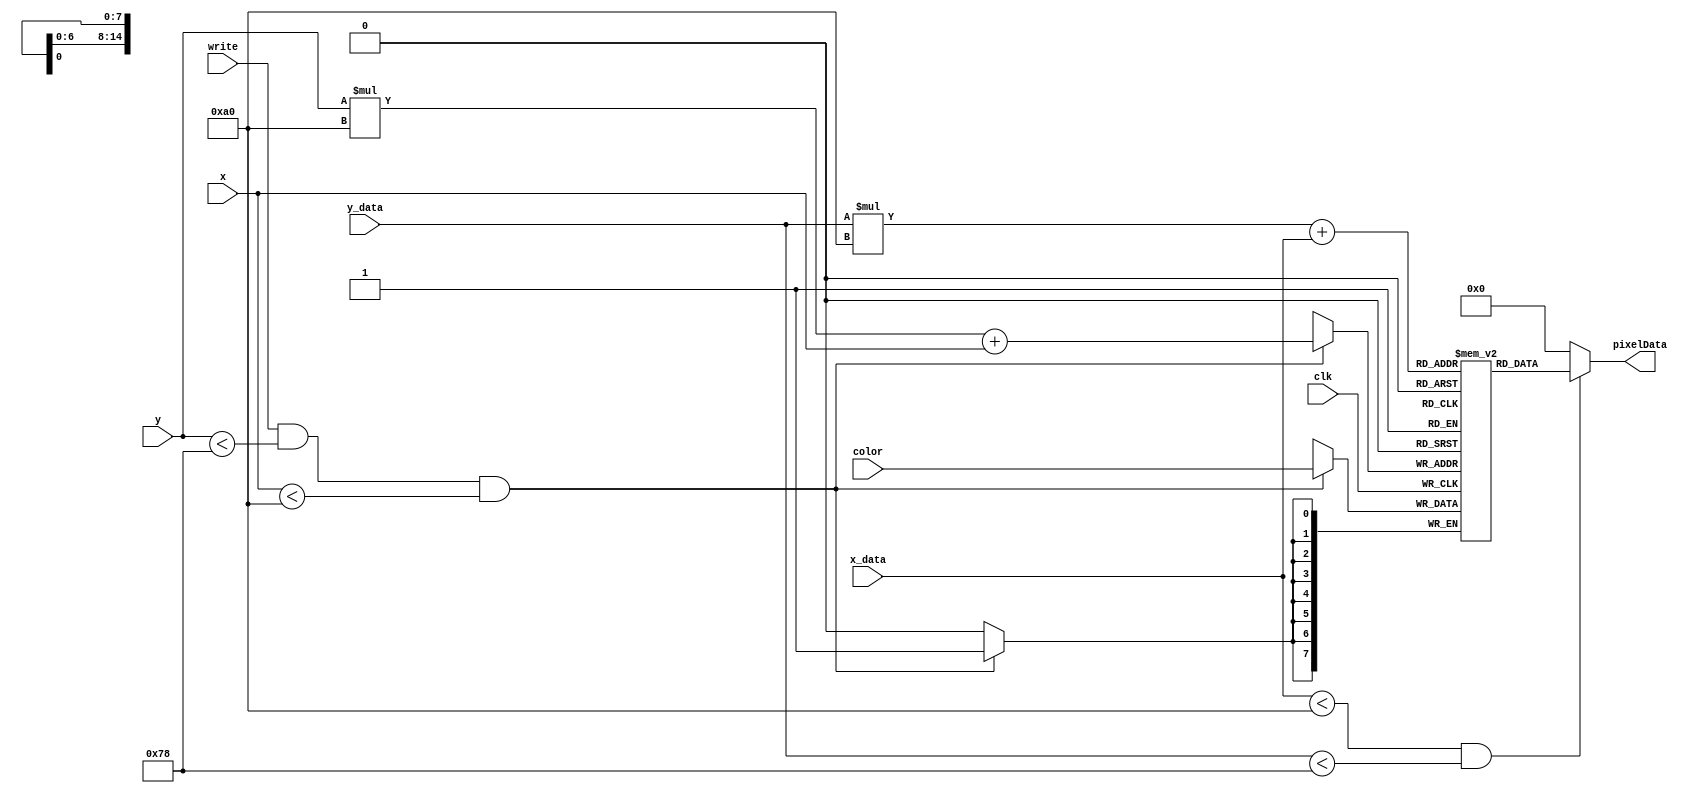
module Bildpuffer (
  input clk,  //clk von Prozessor oder GPU

  input [7:0] x,
  input [7:0] y,
  input [BITSPERPIXEL-1:0] color,
  input write,

  input [7:0] x_data,
  input [7:0] y_data,

  output [BITSPERPIXEL-1:0] pixelData
);

  localparam WIDTH = 160;
  localparam HEIGHT = 120;
  localparam BITSPERPIXEL = 8;

  reg [BITSPERPIXEL-1:0] ram[0:WIDTH*HEIGHT-1];

  assign pixelData = (x_data < WIDTH && y_data < HEIGHT)? ram[y_data * WIDTH + x_data] : 8'b0;

  always @(posedge clk) begin
    if (write && y < HEIGHT && x < WIDTH) begin
      ram[y * WIDTH + x] <= color;
    end
  end

  

endmodule